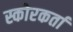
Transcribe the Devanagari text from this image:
स्कोरकर्ता